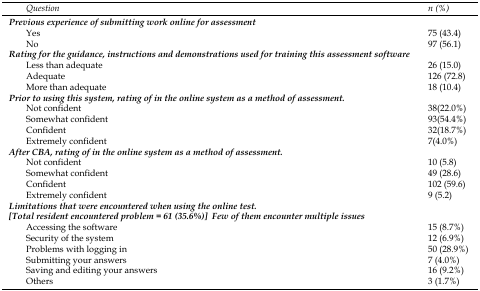
| Question | n (%) |
 | --- | --- |
 | Previous experience of submitting work online for assessment |  |
 | YesNo | 75 (43.4)97 (56.1) |
 | Rating for the guidance, instructions and demonstrations used for training this assessment software |  |
 | Less than adequateAdequateMore than adequate | 26 (15.0)126 (72.8)18 (10.4) |
 | Prior to using this system, rating of in the online system as a method of assessment. |  |
 | Not confidentSomewhat confidentConfidentExtremely confident | 38(22.0%)93(54.4%)32(18.7%)7(4.0%) |
 | After CBA, rating of in the online system as a method of assessment. |  |
 | Not confidentSomewhat confidentConfidentExtremely confident | 10 (5.8)49 (28.6)102 (59.6)9 (5.2) |
 | Limitations that were encountered when using the online test.[Total resident encountered problem = 61 (35.6%)] Few of them encounter multiple issues |  |
 | Accessing the softwareSecurity of the systemProblems with logging inSubmitting your answersSaving and editing your answersOthers | 15 (8.7%)12 (6.9%)50 (28.9%)7 (4.0%)16 (9.2%)3 (1.7%) |